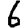
Digit: 6